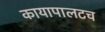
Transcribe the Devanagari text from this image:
कायापालटच